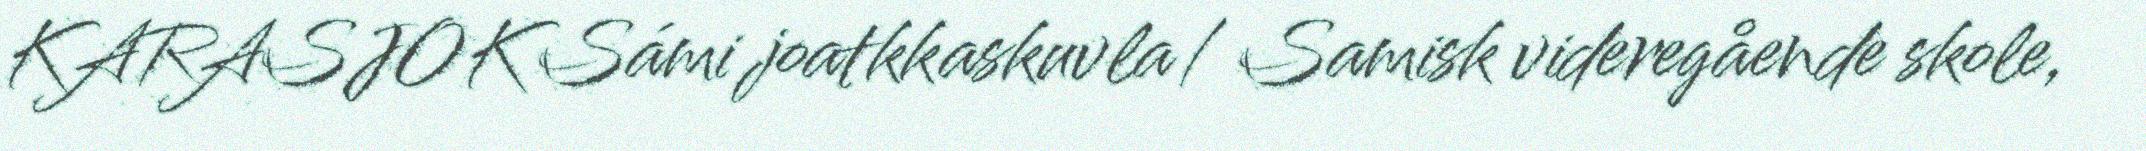
KARASJOK Sámi joatkkaskuvla/ Samisk videregående skole,